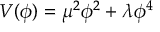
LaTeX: V ( \phi ) = \mu ^ { 2 } \phi ^ { 2 } + \lambda \phi ^ { 4 }